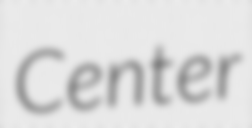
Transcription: Center